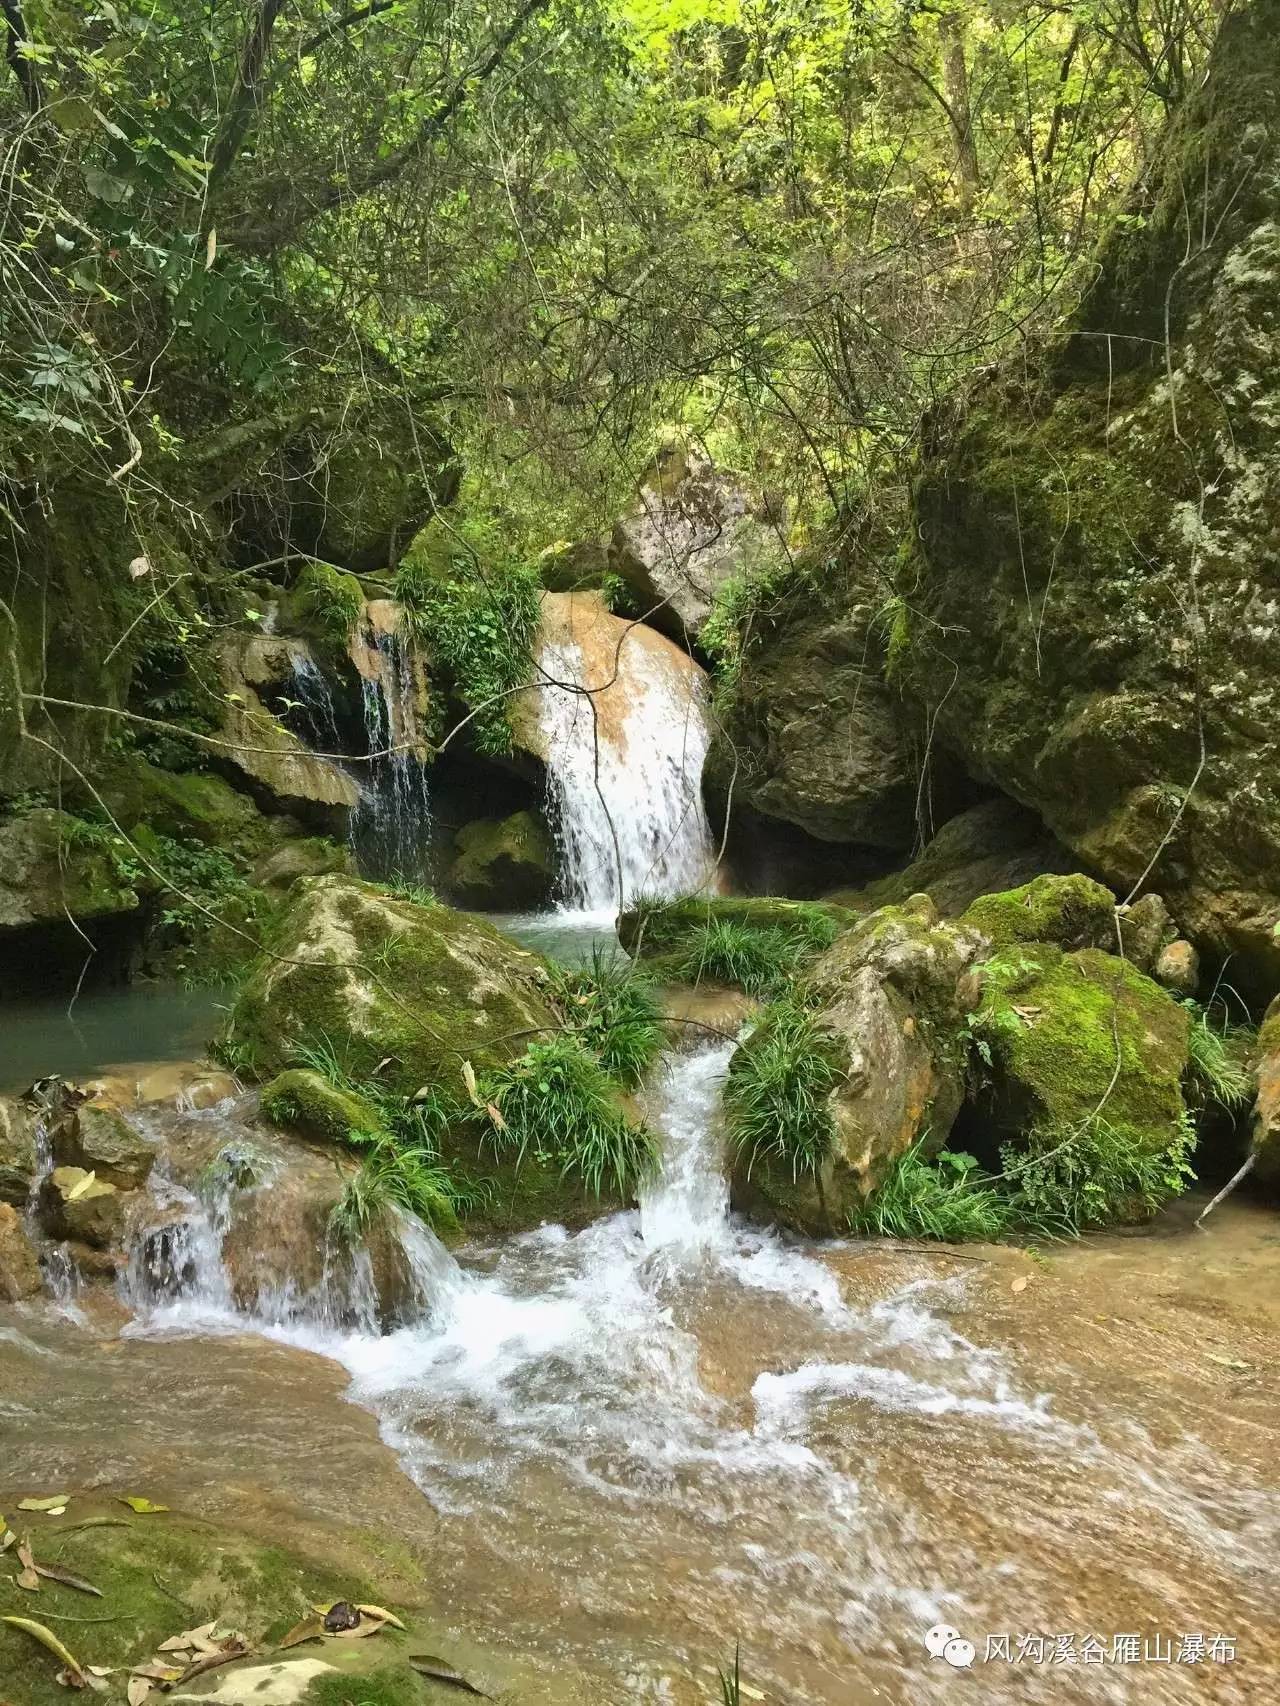
香炉瀑布遥相望，回崖沓嶂凌苍苍。